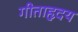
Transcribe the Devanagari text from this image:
गीताहृदय